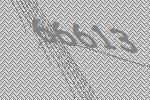
66613